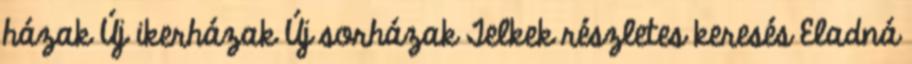
házak Új ikerházak Új sorházak Telkek részletes keresés Eladná